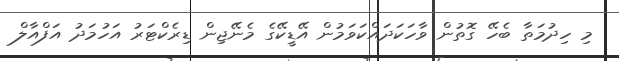
މި ހިދުމަތާ ބެހޭ ގޮތުން ވާހަކަދައްކަވަމުން އޭޑީކޭގެ މެނޭޖިން ޑިރެކްޓަރު އަހުމަދު އަފްއާލް